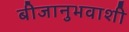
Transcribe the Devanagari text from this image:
बीजानुभवाशी